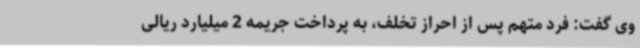
وی گفت: فرد متهم پس از احراز تخلف، به پرداخت جریمه 2 میلیارد ریالی